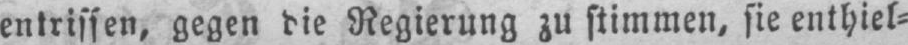
entrissen, gegen die Regierung zu stimmen, sie enthiel⸗